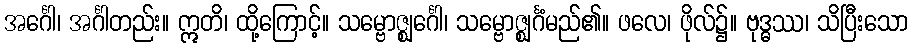
အင်္ဂေါ၊ အင်္ဂါတည်း။ ဣတိ၊ ထို့ကြောင့်။ သမ္ဗောဇ္ဈင်္ဂေါ၊ သမ္ဗောဇ္ဈင်္ဂံမည်၏။ ဖလေ၊ ဖိုလ်၌။ ဗုဒ္ဓဿ၊ သိပြီးသော